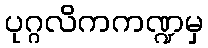
ပုဂ္ဂလိကကဏ္ဍမှ